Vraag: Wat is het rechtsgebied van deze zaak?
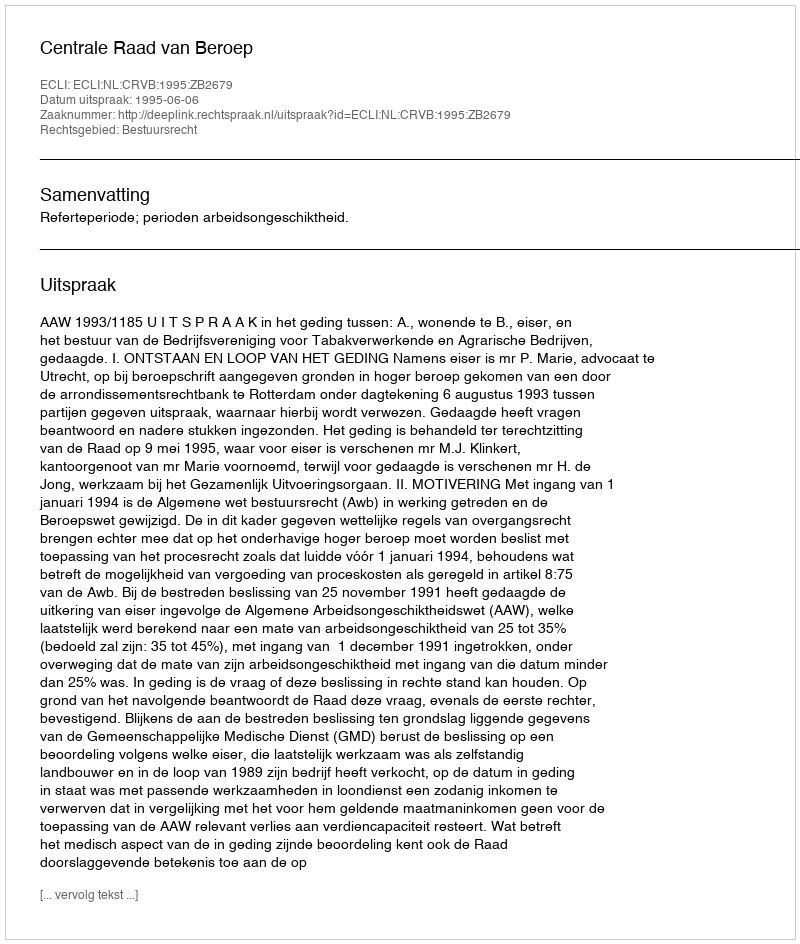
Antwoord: Bestuursrecht